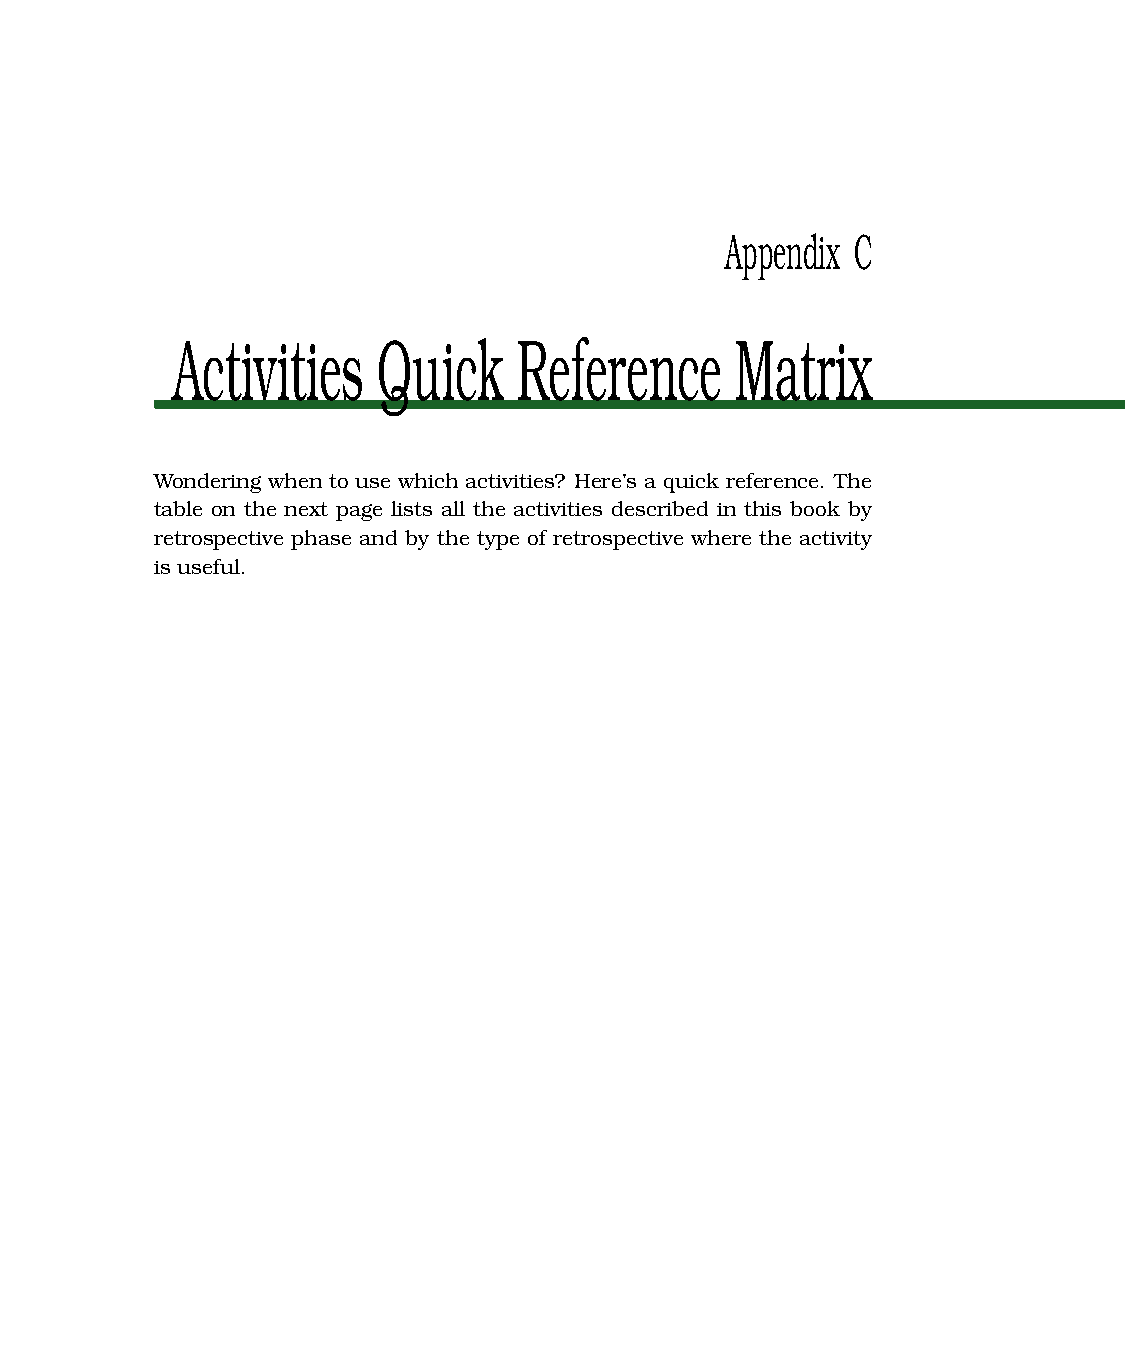
Appendix C
 Activities    Quick    Reference      Matrix
 Wondering when to use which activities? Here’s a quick reference. The
 table on the next page lists all the activities described in this book by
 retrospective phase and by the type of retrospective where the activity
 is useful.